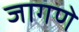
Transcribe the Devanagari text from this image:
जागणे